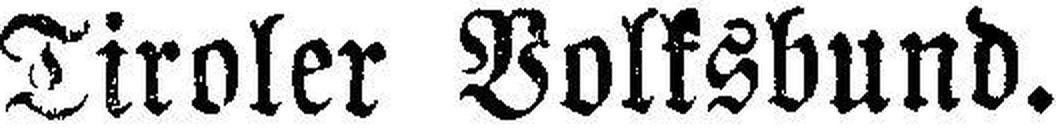
Tiroler Volksbund.